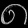
Digit: ၈